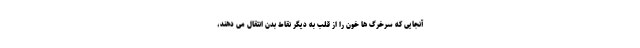
آنجایی که سرخرگ ها خون را از قلب به دیگر نقاط بدن انتقال می دهند،